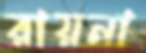
রায়না